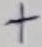
Text: +